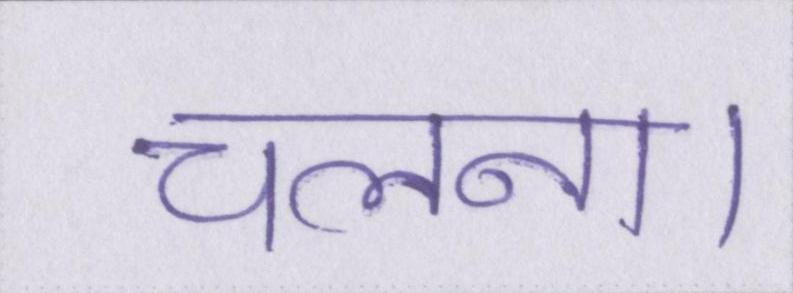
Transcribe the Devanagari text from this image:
चलना।